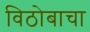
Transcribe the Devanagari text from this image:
विठोबाचा